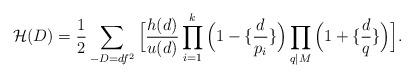
LaTeX: \begin{align*}\mathcal{H}(D) = \frac{1}{2}\sum_{ -D=df^2 } \Big[\frac{h(d)}{u(d)} \prod^{k}_{i=1} \Big( 1- \{ \frac{d}{p_i} \} \Big) \prod_{q \mid M} \Big( 1+ \{ \frac{d}{q} \} \Big) \Big].\end{align*}